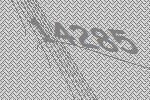
14285